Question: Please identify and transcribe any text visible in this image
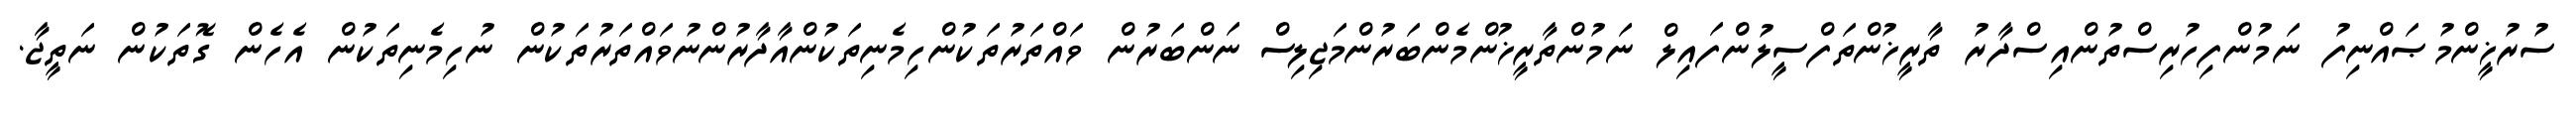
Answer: ސުރުޚީންމުޞައްނިފު ނަމުންފިހުރިސްތުންއިސްދާރު ތާރީޚުންތަފްސީލުންފައިލް ނަމުންތާރީޚުންމެންބަރުންމަޖިލިސް ނަންބަރުން ވައްތަރުތަކުންހިމެނިތަކުންއާދާރުންނުވައްތަރުތަކުން ނުހިމެނިތަކުން އެހެން ގޮތަކުން ނަތީޖާ.